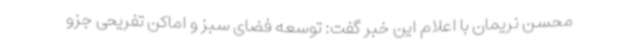
محسن نریمان با اعلام این خبر گفت: توسعه فضای سبز و اماکن تفریحی جزو